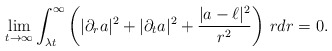
\begin{align*}\lim_{t\to\infty}\int_{\lambda t}^{\infty}\left(|\partial_ra|^2+|\partial_ta|^2+\frac{|a-\ell|^2}{r^2}\right)\,rdr=0.\end{align*}